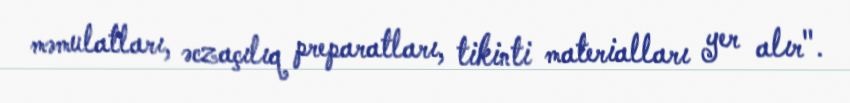
məmulatları, əczaçılıq preparatları, tikinti materialları yer alır".